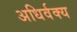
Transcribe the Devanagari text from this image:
अधिर्वक्य